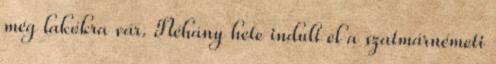
még lakókra vár. Néhány hete indult el a szatmárnémeti